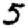
Digit: 5